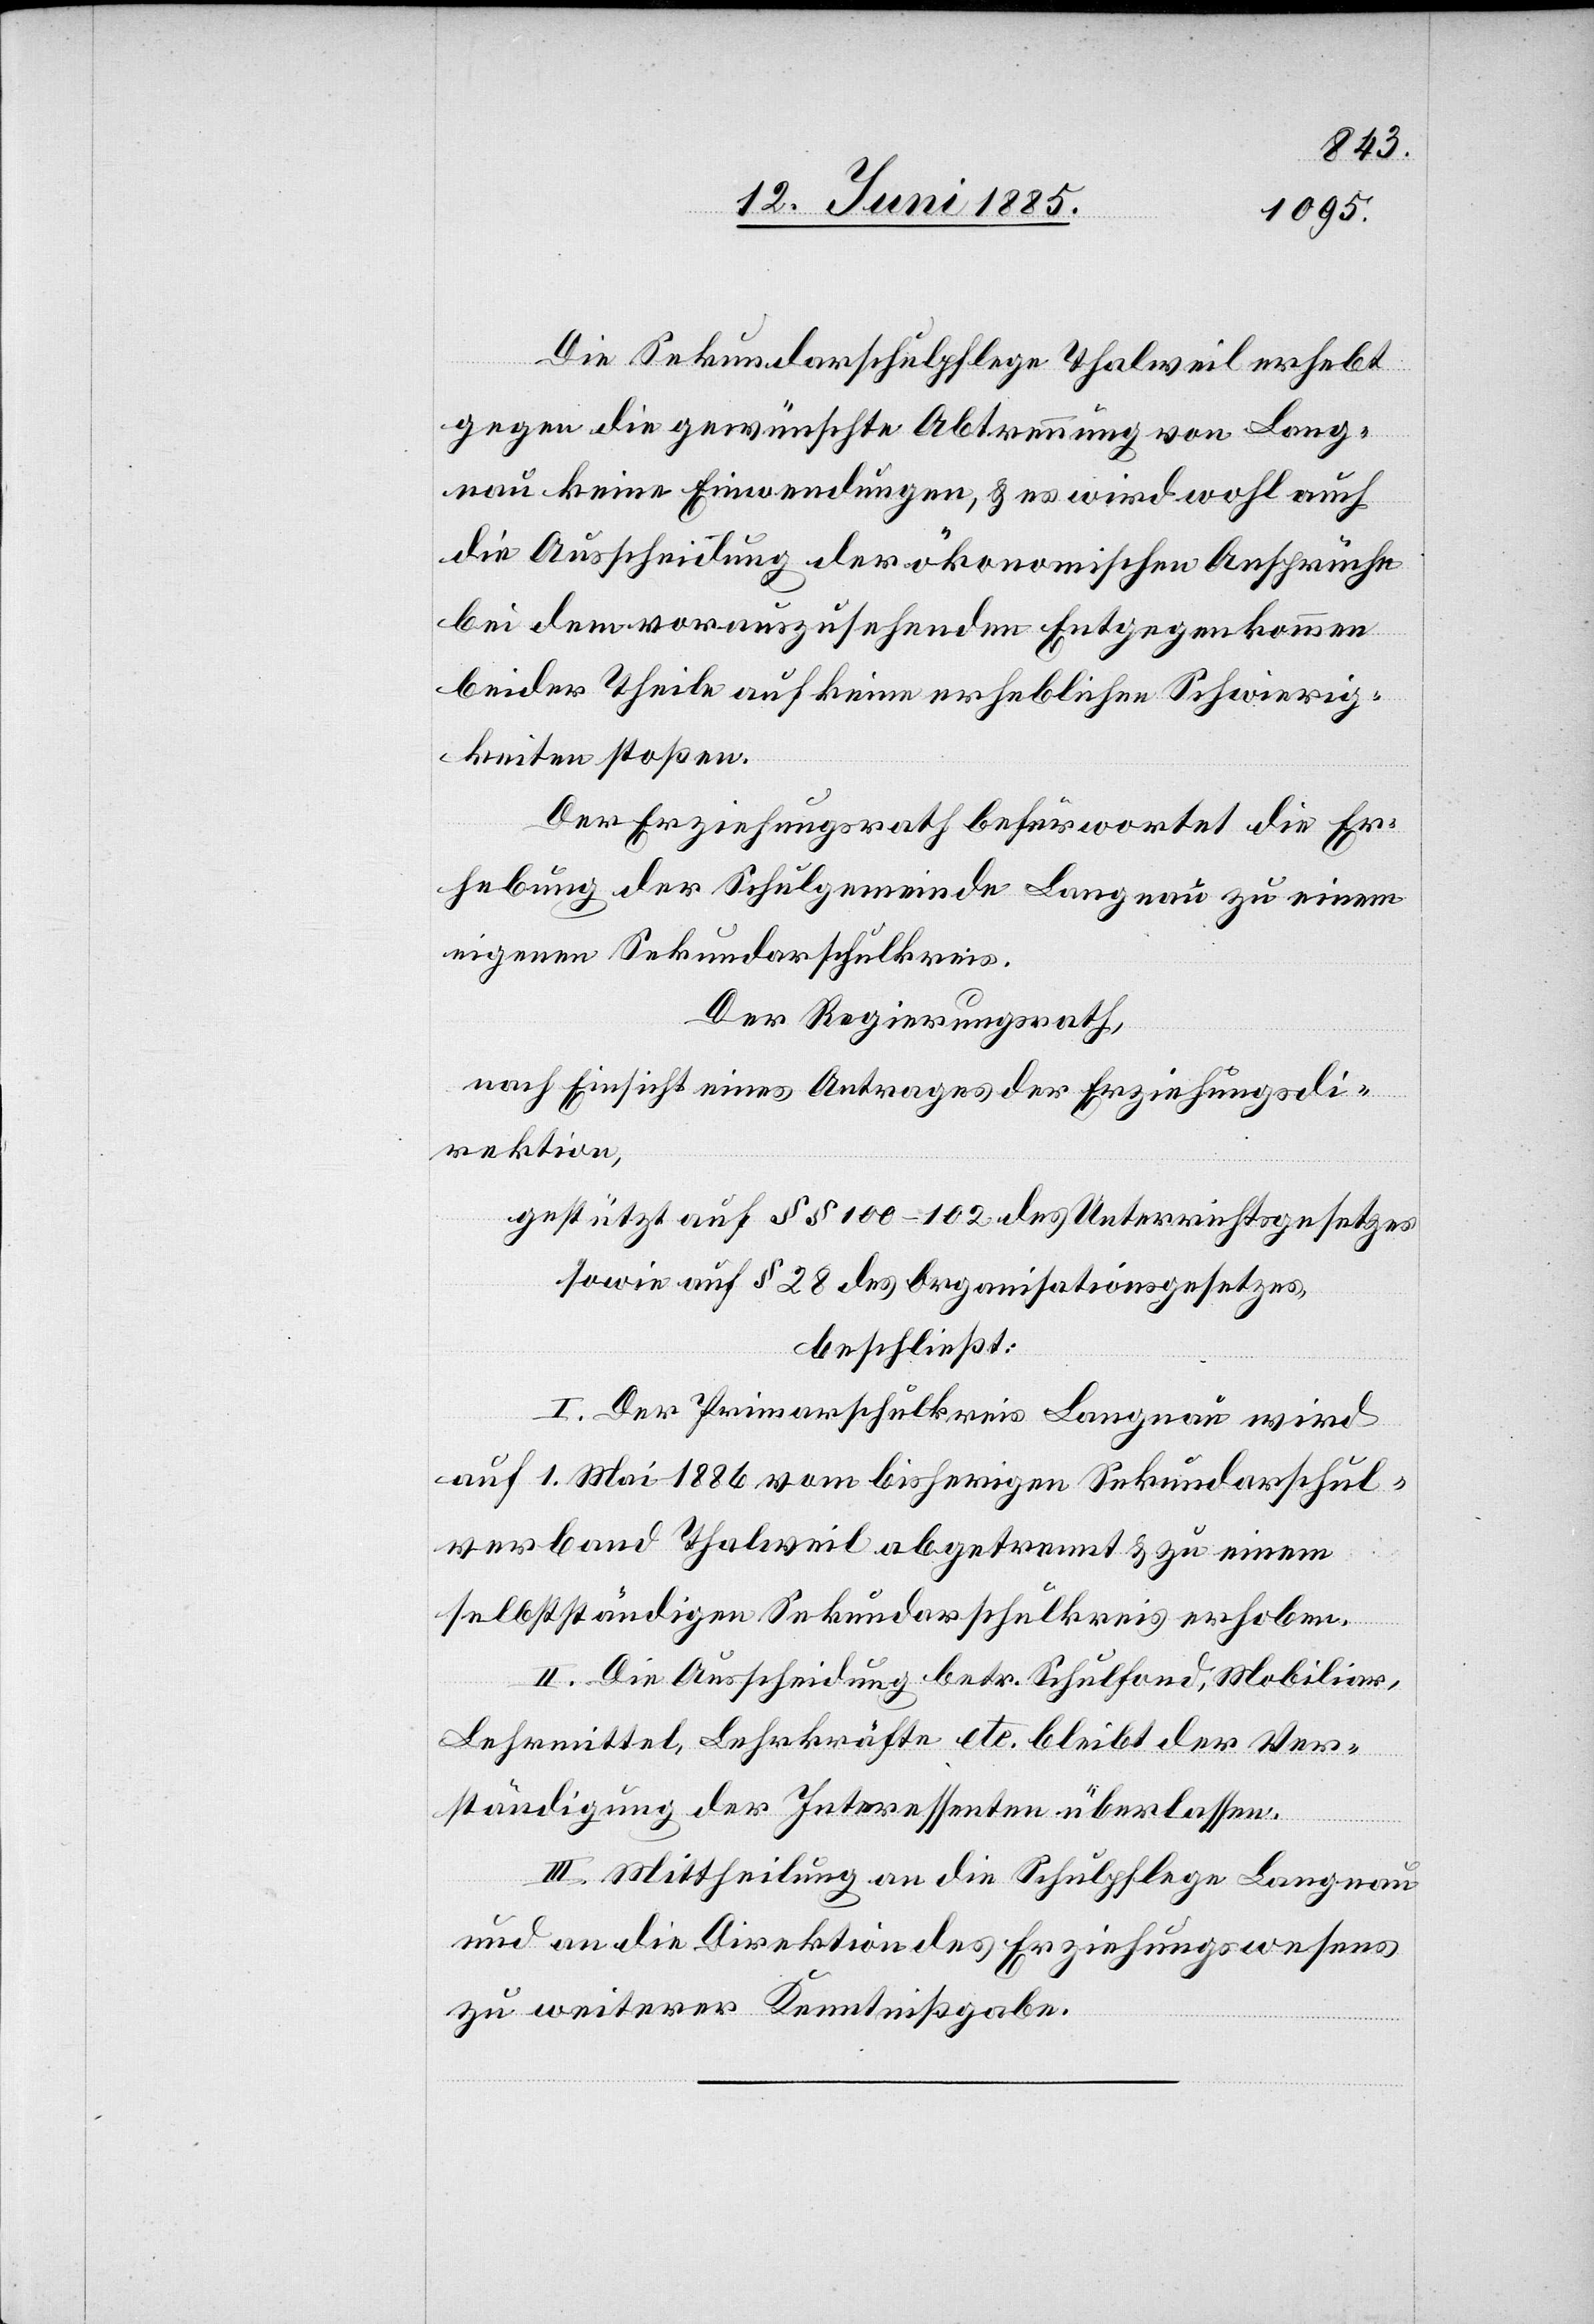
Die Sekundarschulpflege Thalweil erhebt
gegen die gewünschte Abtrennung von Lang¬
nau keine Einwendungen, & es wird wohl auch
die Ausscheidung der ökonomischen Ansprüche
bei dem vorauszugehenden Entgegenkommen
beider Theile auf keine erheblichen Schwierig¬
keiten stoßen.
Der Erziehungsrath befürwortet die Er¬
hebung der Schulgemeinde Langnau zu einem
eigenen Sekundarschulkreis.
Der Regierungsrath,
nach Einsicht eines Antrages der Erziehungsdi¬
rektion,
gestützt auf §§ 100–102 des Unterrichtsgesetzes
sowie auf § 28 des Organisationsgesetzes,
beschließt:
I. Der Primarschulkreis Langnau wird
auf 1. Mai 1886 vom bisherigen Sekundarschul¬
verband Thalweil abgetrennt & zu einem
selbstständigen Sekundarschulkreis erhoben.
II. Die Ausscheidung betr. Schulfond, Mobiliar,
Lehrmittel, Lehrkräfte etc. bleibt der Ver¬
ständigung der Interessenten überlassen.
III. Mittheilung an die Schulpflege Langnau
und an die Direktion des Erziehungswesens
zu weiterer Kenntnißgabe.